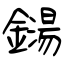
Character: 鐋